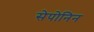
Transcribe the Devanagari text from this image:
सेपोनिन